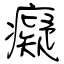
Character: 癡